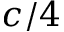
c / 4